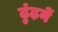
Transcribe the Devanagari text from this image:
ढुंढ़नें